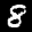
Label: 8